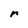
Character: r